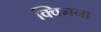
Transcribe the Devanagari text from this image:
क्विनना